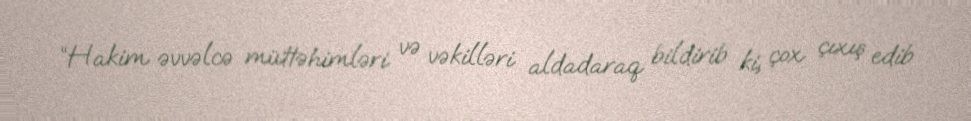
“Hakim əvvəlcə müttəhimləri və vəkilləri aldadaraq bildirib ki, çox çıxış edib